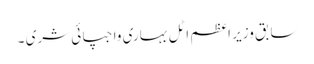
سابق وزیر اعظم اٹل بہاری واجپائی شری ۔